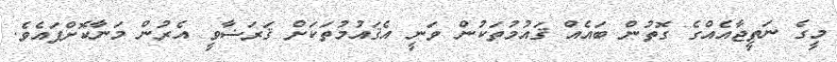
މީގެ ނަތީޖާއެއްގެ ގޮތުން ބައެއް ޤައުމުތަކުން ވަނީ އެޤައުމުތަކަށް ޤަރަޟާވީ އެރުން މަނާކޮށްފައެވެ.